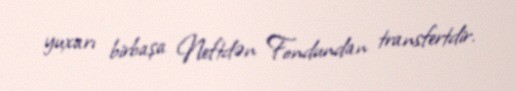
yuxarı birbaşa Neftdən Fondundan transfertdir.